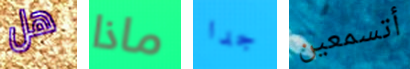
هل ماذا جدا أتسمعين